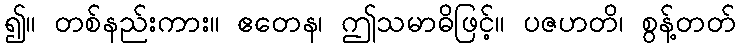
၍။ တစ်နည်းကား။ ဧတေန၊ ဤသမာဓိဖြင့်။ ပဇဟတိ၊ စွန့်တတ်